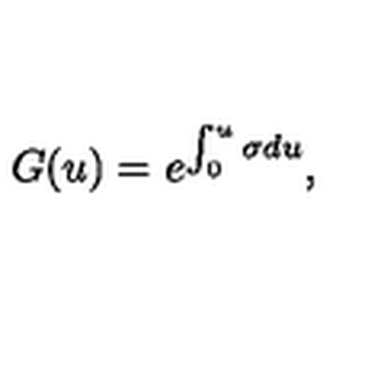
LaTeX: G ( u ) = e ^ { \int _ { 0 } ^ { u } \sigma d u } ,